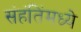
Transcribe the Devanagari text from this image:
संहंतिंमध्ये